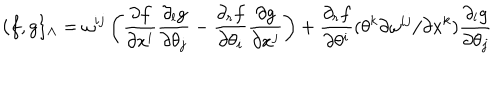
LaTeX: \{ f , g \} _ { \Lambda } = \omega ^ { i j } \left( \frac { \partial f } { \partial x ^ { i } } \frac { \partial _ { l } g } { \partial \theta _ { j } } - \frac { \partial _ { r } f } { \partial \theta _ { i } } \frac { \partial g } { \partial x ^ { j } } \right) + \frac { \partial _ { r } f } { \partial \theta ^ { i } } ( \theta ^ { k } { \partial \omega ^ { i j } } / { \partial x ^ { k } } ) \frac { \partial _ { l } g } { \partial \theta _ { j } }